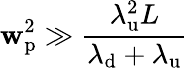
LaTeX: \mathbf{w}_{\mathrm{{p}}}^{2}\gg\frac{{\lambda_{\mathrm{{u}}}^{2}L}}{{\lambda_{\mathrm{{d}}}+\lambda_{\mathrm{{u}}}}}